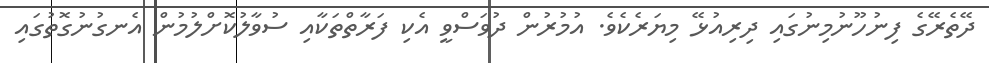
ދޭތެރޭގެ ފިނުހޫނުމިނުގައި ދިރިއުޅޭ މިޔަރެކެވެ. އުމުރުން ދުވަސްވީ އެކި ފަރާތްތަކާއި ސުވާލުކޮށްލުމުން އެނގުނުގޮތުގައި